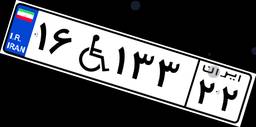
۱۶W۱۳۳۲۲